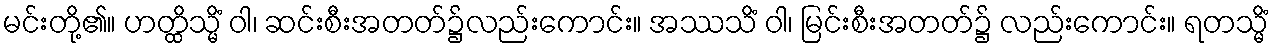
မင်းတို့၏။ ဟတ္ထိသ္မိံ ဝါ၊ ဆင်းစီးအတတ်၌လည်းကောင်း။ အဿသိံ ဝါ၊ မြင်းစီးအတတ်၌ လည်းကောင်း။ ရတသ္မိံ